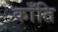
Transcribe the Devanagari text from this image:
काँति